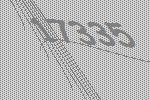
17335